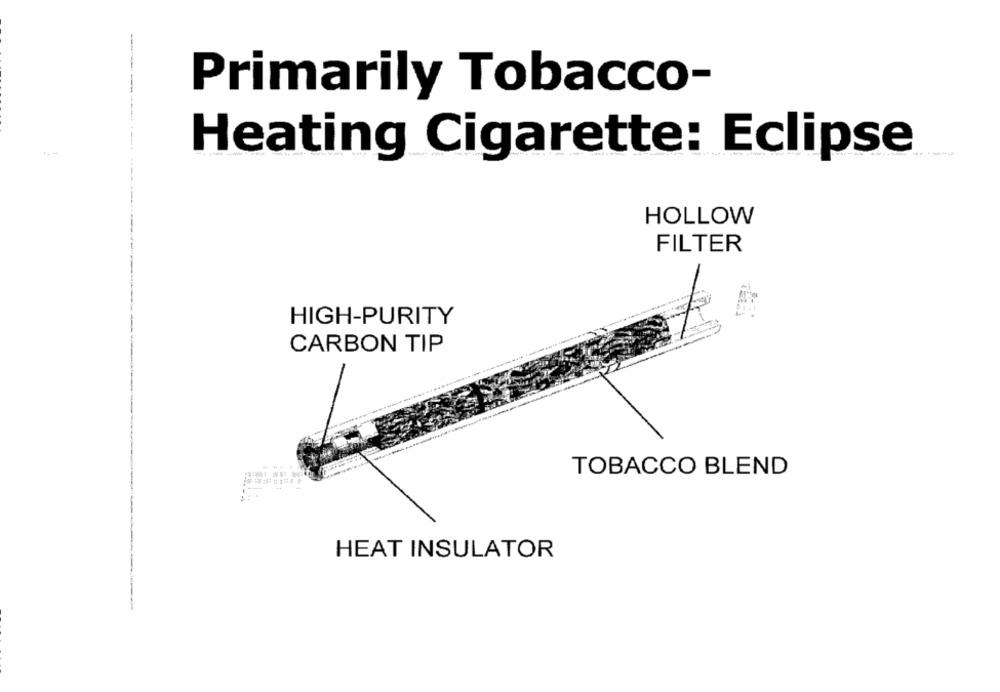
Primarily Tobacco-
Heating Cigarette: Eclipse
HOLLOW
FILTER
HIGH-PURITY
CARBON TIP
TOBACCO BLEND
HEAT INSULATOR